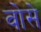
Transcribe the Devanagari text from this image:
वोसे